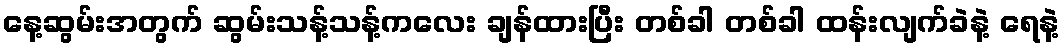
နေ့ဆွမ်းအတွက် ဆွမ်းသန့်သန့်ကလေး ချန်ထားပြီး တစ်ခါ တစ်ခါ ထန်းလျက်ခဲနဲ့ ရေနဲ့